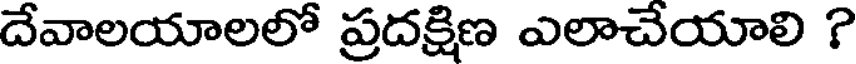
దేవాలయాలలో ప్రదక్షిణ ఎలాచేయాలి ?